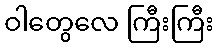
ဝါတွေလေ ကြီးကြီး